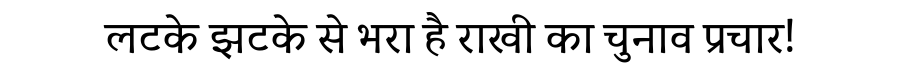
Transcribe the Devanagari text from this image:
लटके झटके से भरा है राखी का चुनाव प्रचार!